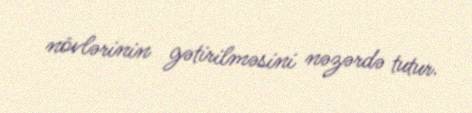
növlərinin gətirilməsini nəzərdə tutur.